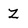
Character: z